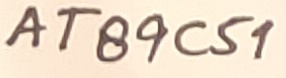
Text: AT89C51